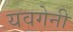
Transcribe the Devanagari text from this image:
यवगेनी